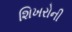
શિખરોની